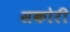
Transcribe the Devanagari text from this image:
सकोरी